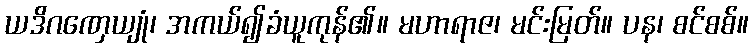
ယဒိဂဏှေယျုံ၊ အကယ်၍ခံယူကုန်၏။ မဟာရာဇ၊ မင်းမြတ်။ ပန၊ စင်စစ်။